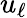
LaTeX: u_{\ell}